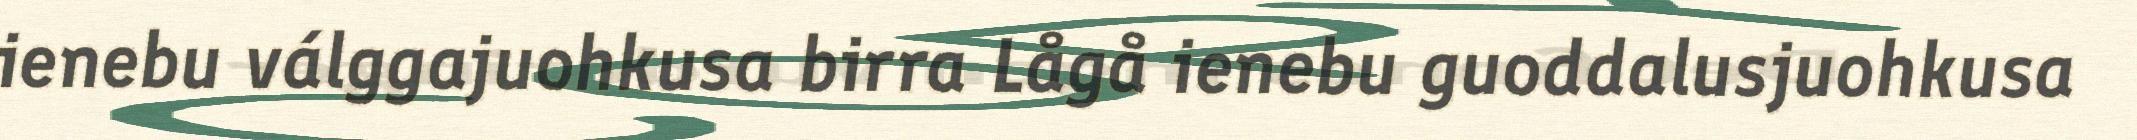
ienebu válggajuohkusa birra Lågå ienebu guoddalusjuohkusa